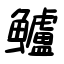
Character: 鱸